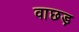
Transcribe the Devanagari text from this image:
वाछड़